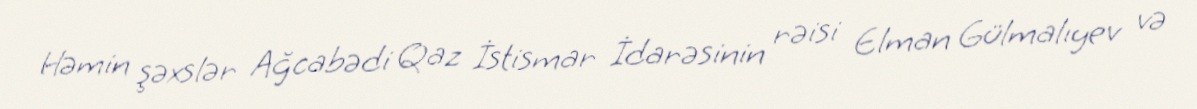
Həmin şəxslər Ağcabədi Qaz İstismar İdarəsinin rəisi Elman Gülmalıyev və